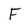
Character: F